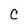
Character: C